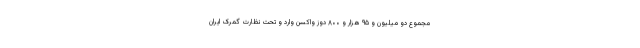
مجموع دو میلیون و ۹۵ هزار و ۸۰۰ دوز واکسن وارد و تحت نظارت گمرک ایران